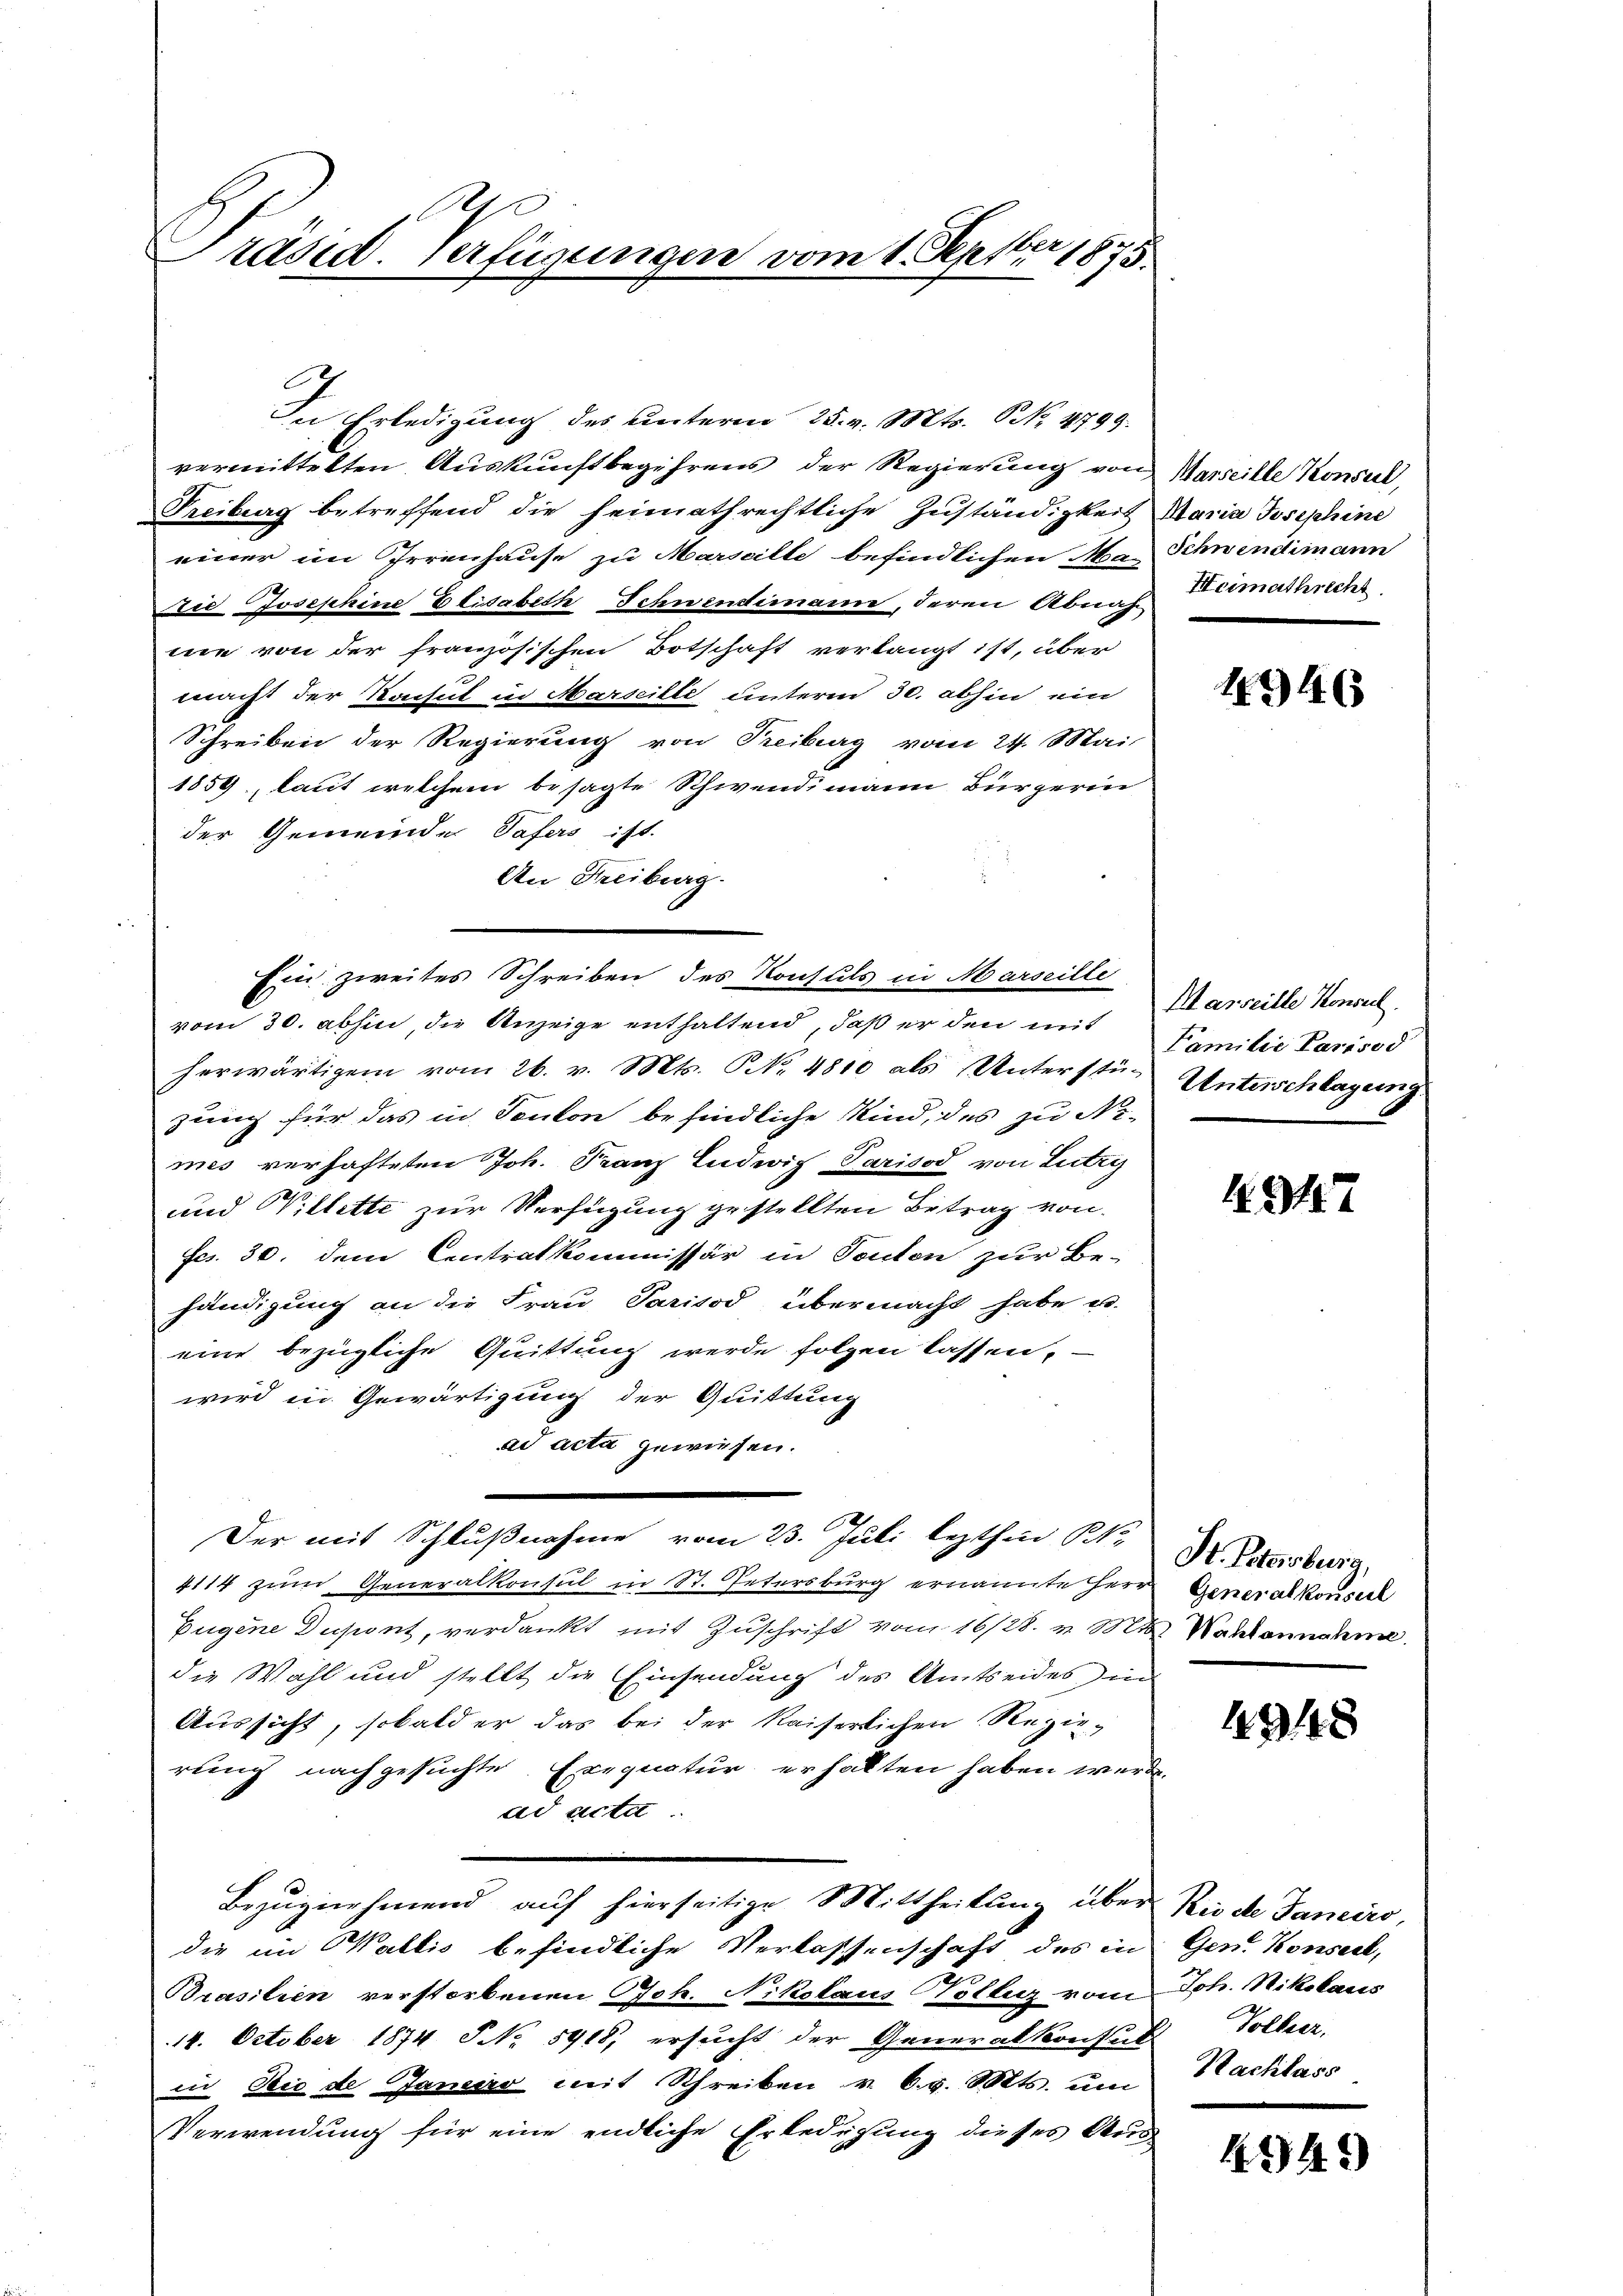
Präsid. Verfügungen vom 1. Septbr 1875.

In Erledigung des unterm 25. v. Mts. NNo. 4799.
vermittelten Auskunftbegehrens der Regierung von Marseille Konsul,
Freiburg betreffend die heimathrechtliche Zuständigkeit Maria Josephine
einer im Irrenhause zu Marseilte befindlichen Ma-Schwendimann
Die Josephine Elisabeth Schwendimann, deren Abnah Heimathrecht
me von der französischen Botschaft verlangt ist, über
macht der Konsul in Marseille unterm 30. abhin ein
Schreiben der Regierung von Treiburg vom 24. Mai,
1859 laut welchem besagte Schwendimann Bürgerin
der Gemeinde Tafers ist.
An Freiburg.
vom 30. abhin, die Anzeige enthaltend, daß er den mit Marseille Konsul
herwärtigem vom 26. v. Mts. No. 4810 als Unterstü-Unterschlagung
zung für das in Teuton befindliche Kind, des zu Nimes verhafteten Joh. Franz Ludwig Parisod von Lutry
und Willette zur Verfügung gestellten Betrag von
fcs. 30. dem Centralkommissär in Sonton zur Be-
händigung an die Frau Parisod übermacht habe u.
eine bezügliche Quittung werde folgen lassen,
wird in Gewärtigung der Quittung
ad acta gewiesen.
Der mit Schlußnahme vom 23. Juli lezthin No
4114 zum Generalkonsul in St. Petersburg ernannte Herr Generalkonserl
Eugene Dupont, verdankt mit Zuschrift vom 16/28. v. Mt. Wahlannahme
die Wahl und stellt die Einsendung des Amtseides in
Aussicht, sobald er das bei der Kaiserlichen Regierung nachgesuchte. Exequatur erhalten haben werde.
ad acta
Bezugnehmend auf hierseitige Mittheilung über Riede Janeiro,
die im Wallis befindliche Verlassenschaft des in Gen. Konseck,
Brasilien verstorbenen Joh. Nikolaus Nolleg vom Joh. Nikolaus
14. October 1874 P NNo. 5918, ersucht der Generalkonsuls Vollier,
in Die de Janesso mit Schreiben v. 6. d. Mts. um
Verwendung für eine endliche Erledigung dieses Aus

Ein zweites Schreiben des Konsuls in Marseille

4946

Familie Parisod

1. 341. 7

Hr. Petersburg,

4348

Nachlass

4949)